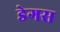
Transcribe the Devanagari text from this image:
डेगस